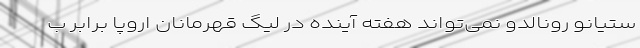
ستیانو رونالدو نمی‌تواند هفته آینده در لیگ قهرمانان اروپا برابر ب